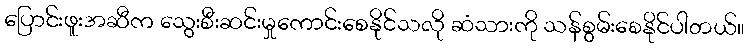
ပြောင်းဖူးအဆီက သွေးစီးဆင်းမှုကောင်းစေနိုင်သလို ဆံသားကို သန်စွမ်းစေနိုင်ပါတယ်။